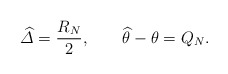
\begin{gather*}\widehat{\varDelta} = \dfrac{R_N}{2}, \qquad\widehat{\theta} - \theta=Q_N.\end{gather*}